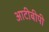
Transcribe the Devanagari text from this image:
आटीबीपी